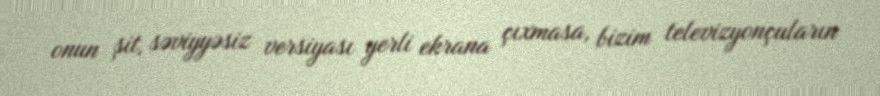
onun şit, səviyyəsiz versiyası yerli ekrana çıxmasa, bizim televizyonçuların